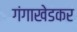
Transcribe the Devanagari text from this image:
गंगाखेडकर